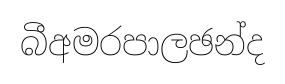
බීඅමරපාලඡන්ද